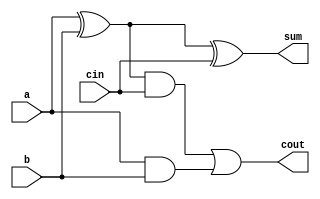

`timescale 1ns/1ns

module Full_Adder (
    input a, 
    input b, 
    input cin,
    output sum, 
    output cout 
);

  assign sum = a ^ b ^ cin;
  assign cout = ((a ^ b) & cin) | (a & b);
endmodule